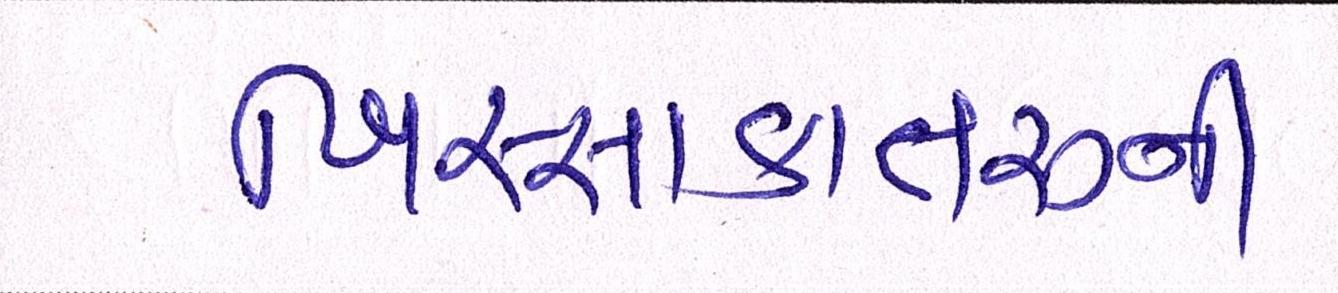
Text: ખિસ્સાકાતરુની